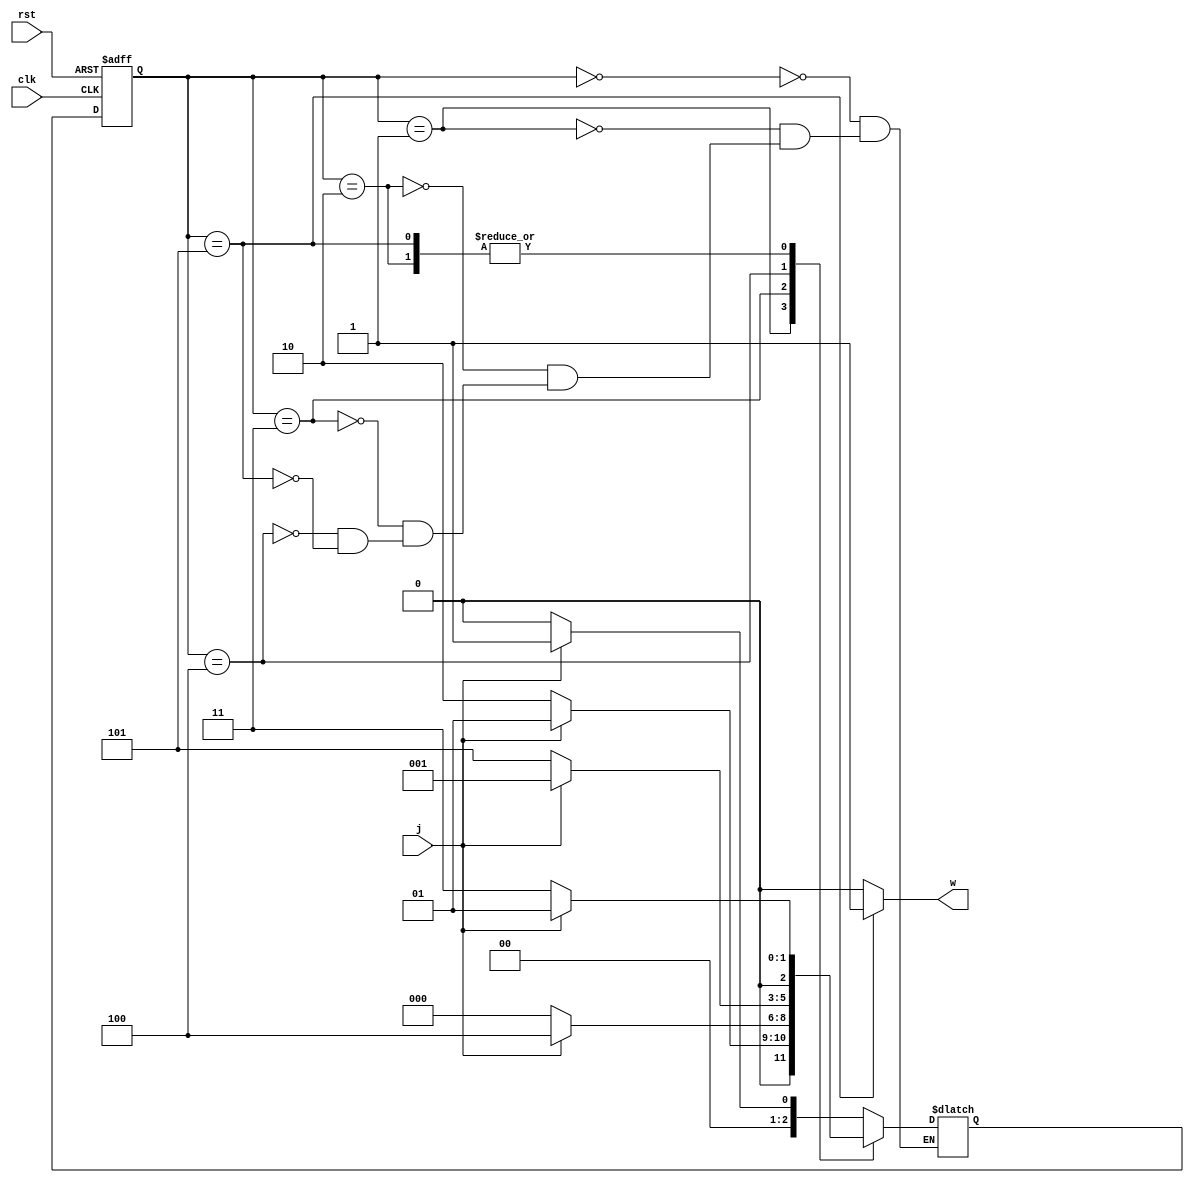
`timescale 1ns/1ns

module moore10010(input clk, rst, j, output w);
	reg [2:0] ns, ps;
	parameter 	A = 3'b000,
				B = 3'b001, 
				C = 3'b010, 
				D = 3'b011, 
				E = 3'b100, 
				F = 3'b101;
	always @(ps, j) begin
		case(ps)
			A: ns = j ? B : A;
			B: ns = j ? B : C;
			C: ns = j ? B : D;
			D: ns = j ? E : A;
			E: ns = j ? B : F;
			F: ns = j ? B : D;
		endcase
	end
	assign w = (ps == F) ? 1'b1 : 1'b0;
	always @(posedge clk, posedge rst) if (rst) ps <= 3'b000; else ps <= ns;
endmodule

module TB ();
	reg j = 1, clk = 0, rst = 1; //First Initialize
	wire W;
	moore10010 my_ic(clk, rst, j, W);
	always #20 clk = ~clk;
	initial begin
		#40 rst = 0;
		#40 j = 1;
		#40 j = 0;
		#40 j = 0;
		#40 j = 1;
		#40 j = 0;
		#40 j = 0;
		#40 j = 1;
		#40 j = 0;
		#40 j = 1;
		#100 $stop;
	end
endmodule